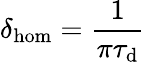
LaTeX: \delta_{\mathrm{hom}}=\frac{1}{\pi\tau_{\mathrm{d}}}